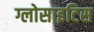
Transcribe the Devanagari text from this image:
ग्लोसाइटिस